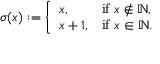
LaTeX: \sigma ( x ) : = { \left\{ \begin{array} { l l } { x , } & { { \mathrm { i f ~ } } x \not \in \mathbb { N } , } \\ { x + 1 , } & { { \mathrm { i f ~ } } x \in \mathbb { N } . } \end{array} \right. }